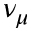
\nu _ { \mu }